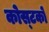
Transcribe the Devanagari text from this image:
कोस्‍टको